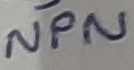
Text: NPN